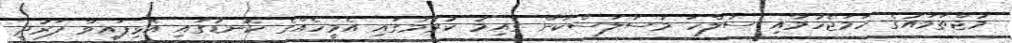
މުޖްތަމައުގެ ހަމަޖެހުމާއި ސުލްހަ މަސަލަސްކަން ގާއިމު ކުރުމުގައި އެމީހެއްގެ ކޮނޑުގައި އެޅިފައިވާ ފަރުދީ